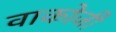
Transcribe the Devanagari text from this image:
वाकोजी